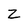
Character: Z